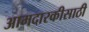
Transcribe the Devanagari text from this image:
आमदारकीसाठी